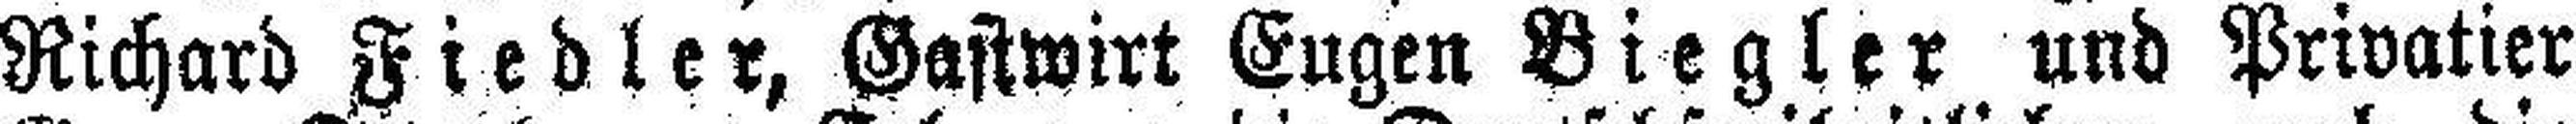
Richard Fiedler, Gastwirt Eugen Biegler und Privatier